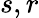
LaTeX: s,r